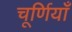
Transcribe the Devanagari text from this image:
चूर्णियाँ